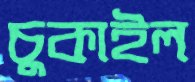
চুকাইল